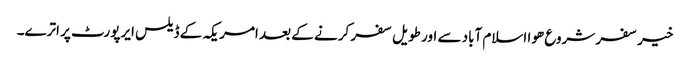
خیر سفر شروع ھوا اسلام آباد سے اور طویل سفر کرنے کے بعد امریکہ کے ڈیلس ایرپورٹ پر اترے۔